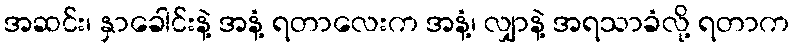
အဆင်း၊ နှာခေါင်းနဲ့ အနံ့ ရတာလေးက အနံ့၊ လျှာနဲ့ အရသာခံလို့ ရတာက